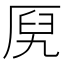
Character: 𰆞